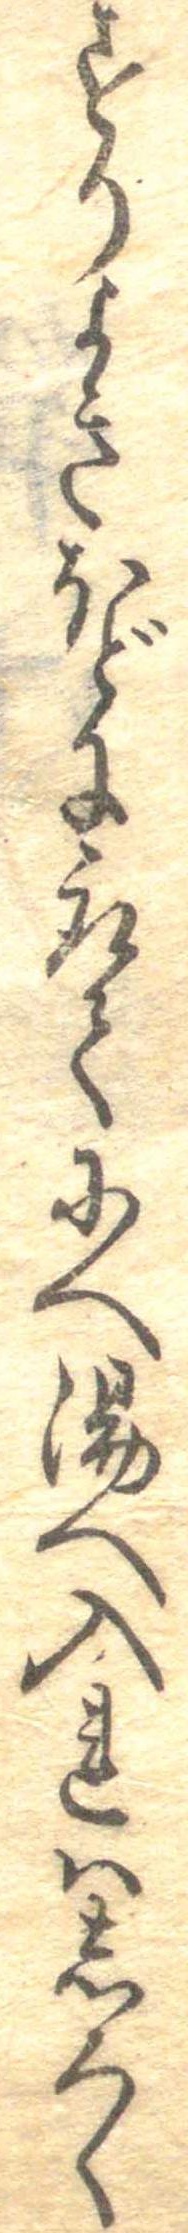
すりよきほどに取てにへ湯へ入れはしろく